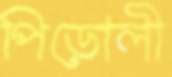
পিড়োলী